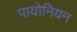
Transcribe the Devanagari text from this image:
पायोनियन